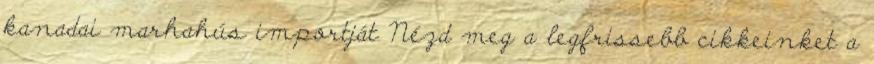
kanadai marhahús importját Nézd meg a legfrissebb cikkeinket a